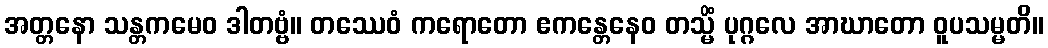
အတ္တနော သန္တကမေဝ ဒါတဗ္ဗံ။ တဿေဝံ ကရောတော ဧကန္တေနေဝ တသ္မိံ ပုဂ္ဂလေ အာဃာတော ဝူပသမ္မတိ။